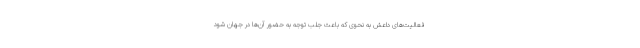
فعالیت‌های داعش به نحوی که باعث جلب توجه به حضور آن‌ها در جهان شود